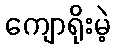
ကျောရိုးမဲ့